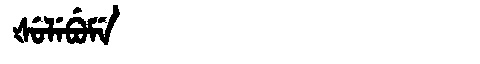
Manchu: ᡧᡠᠯᡝᠪᡠᠮᡝ
Romanization: ŠULEBUME